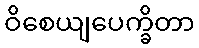
ဝိစေယျပေက္ခိတာ